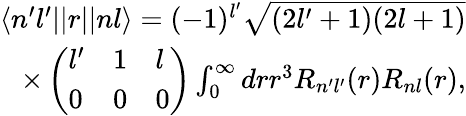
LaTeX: \begin{array}{r}{\langle n^{\prime}l^{\prime}||r||nl\rangle=(-1)^{l^{\prime}}\sqrt{(2l^{\prime}+1)(2l+1)}}\\ {\times\left(\begin{array}{lll}{l^{\prime}}&{1}&{l}\\ {0}&{0}&{0}\end{array}\right)\int_{0}^{\infty}drr^{3}R_{n^{\prime}l^{\prime}}(r)R_{nl}(r),}\end{array}